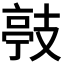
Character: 𭣙